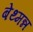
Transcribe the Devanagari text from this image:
बेथ्मन्न